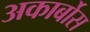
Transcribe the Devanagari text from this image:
अकार्बोस